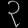
Digit: ၃